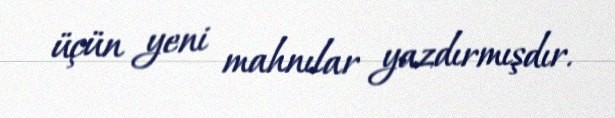
üçün yeni mahnılar yazdırmışdır.